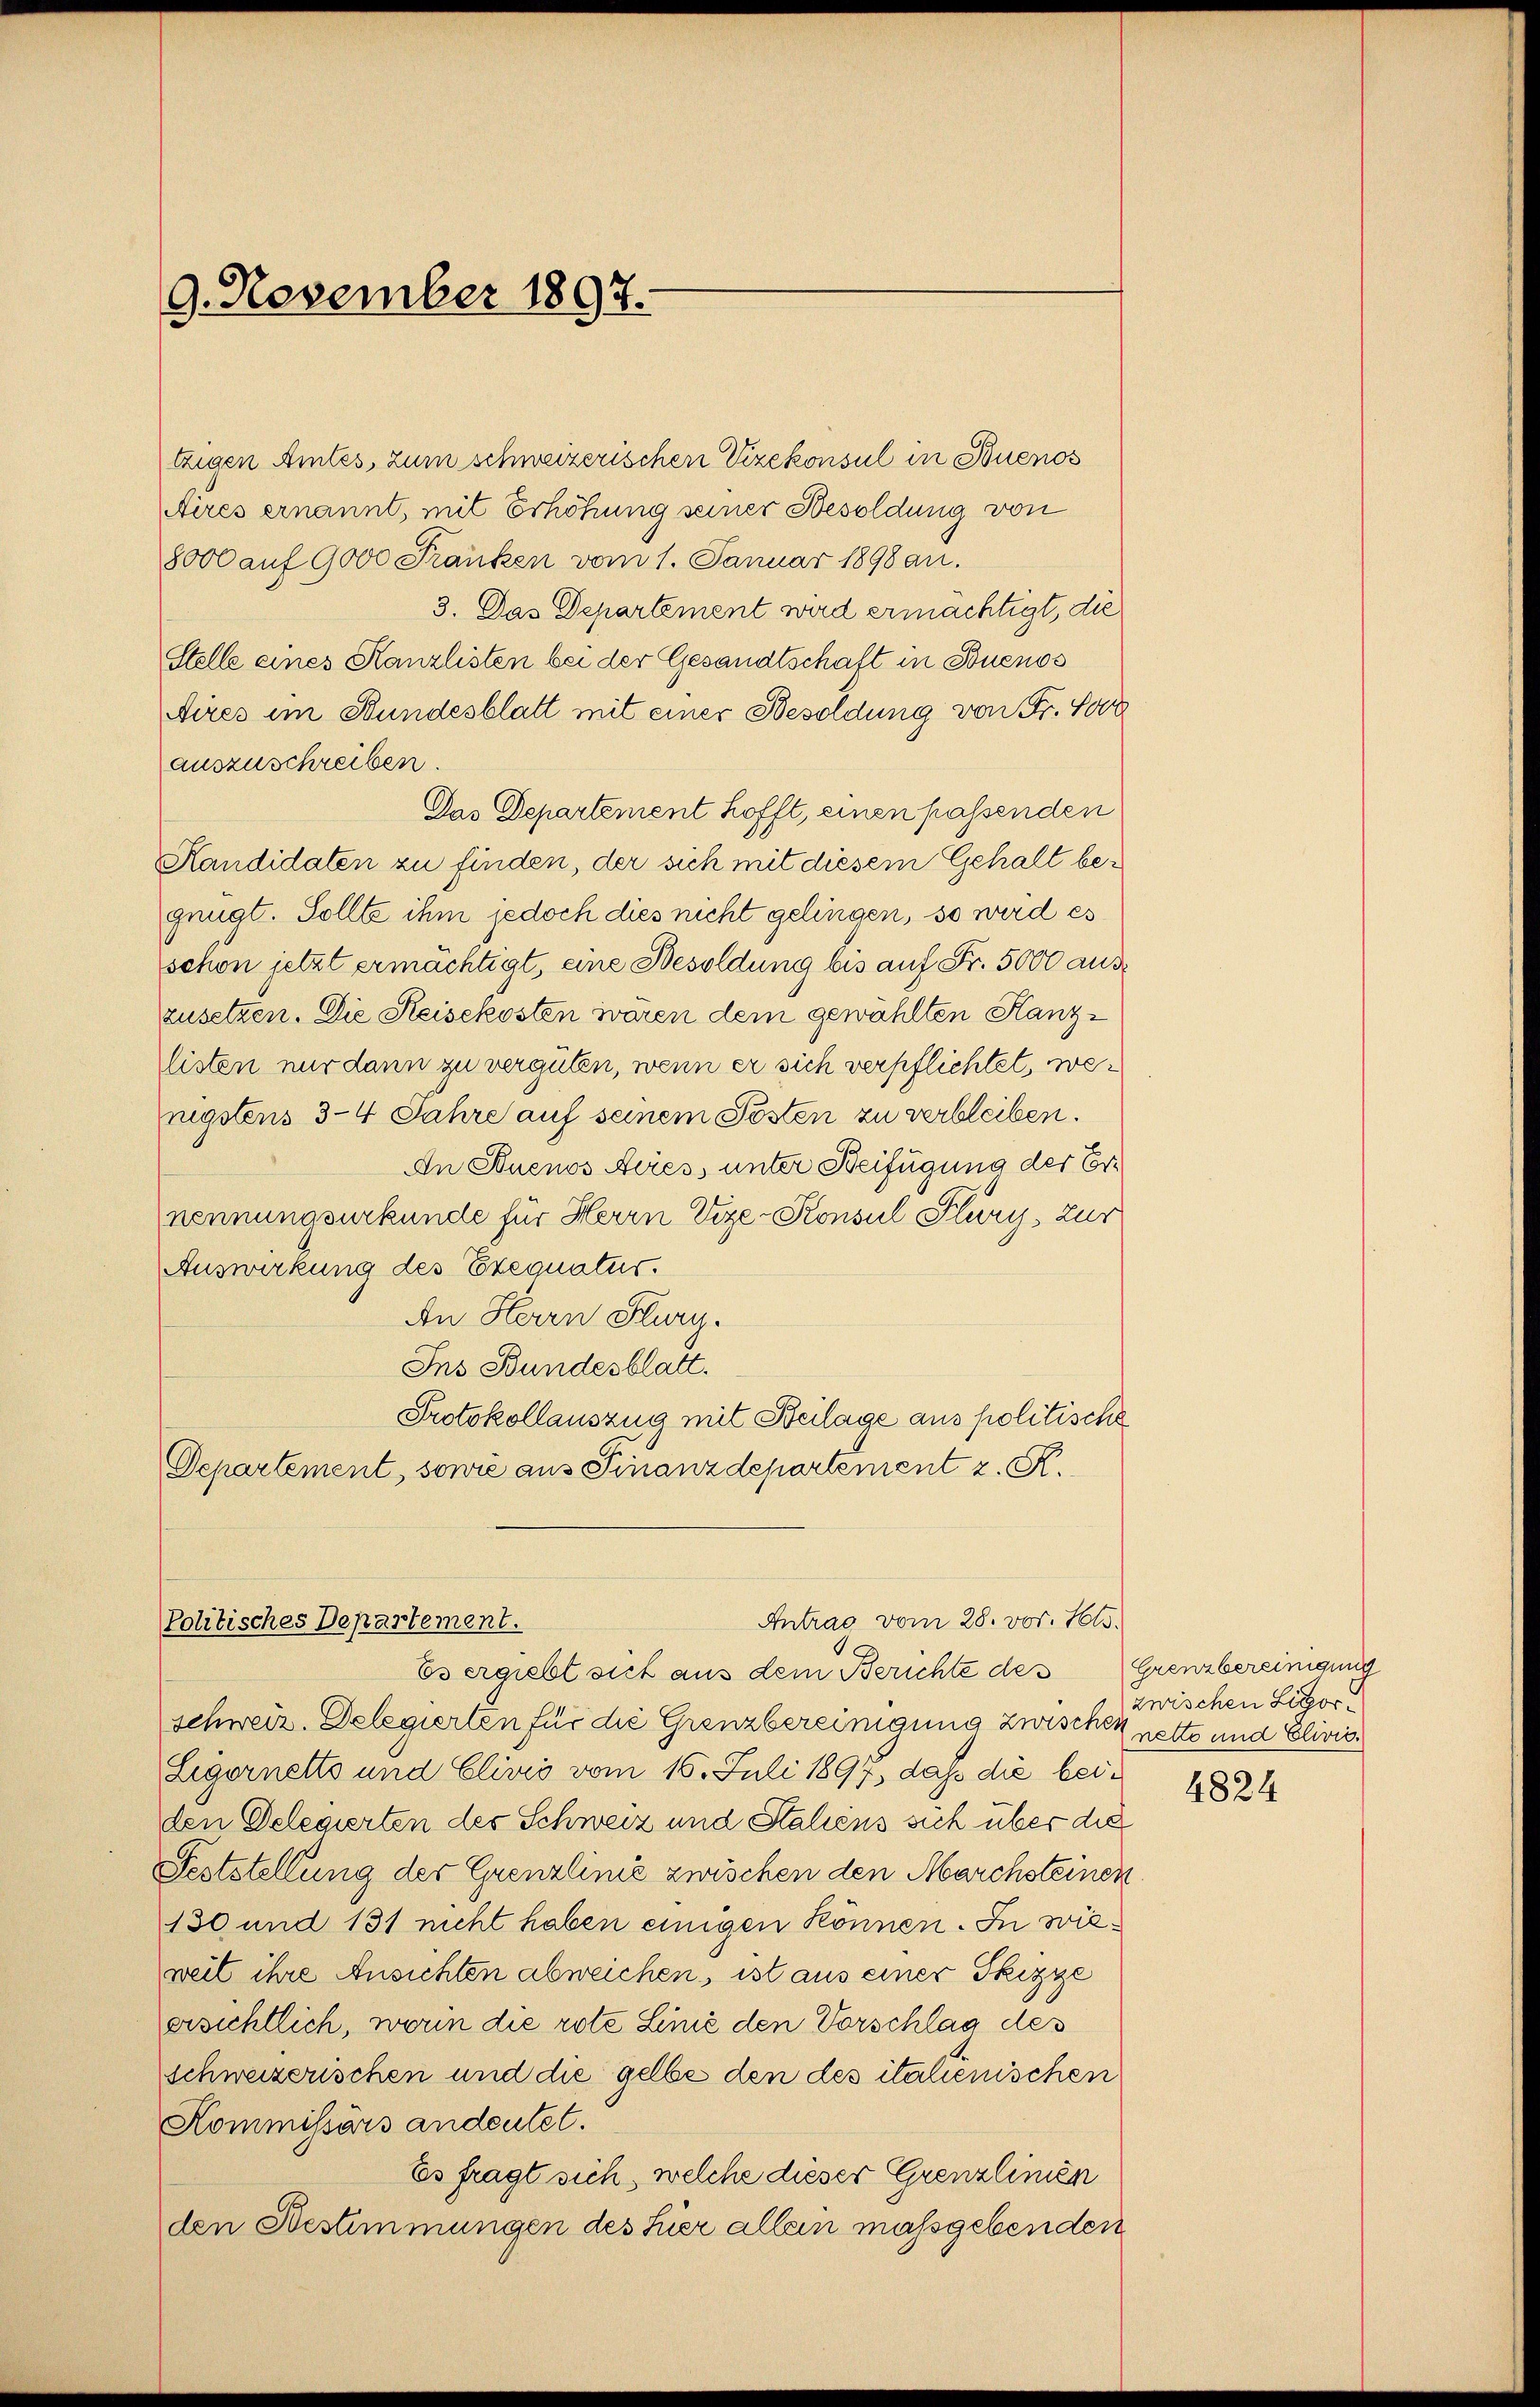
9. November 1897.

tzigen Amtes, zum schweizerischen Vizekonsul in Buenos
Aires ernannt, mit Erhöhung seiner Besoldung von
8000 auf 9000 Franken vom 1. Januar 1898 an.
3. Das Departement wird ermächtigt, die
Stelle eines Kanzlisten bei der Gesandtschaft in Buenos
Aires im Stundesblatt mit einer Besoldung von Fr. So
auszuschreiben.
Das Departement hofft, einen passenden
Kandidaten zu finden, der sich mit diesem Gehalt begnügt. Sollte ihm jedoch dies nicht gelingen, so wird es
schon jetzt ermächtigt, eine Besoldung bis auf Fr. 5000 auszusetzen. Die Reisekosten waren dem gewählten Kanzlisten nur dann zu vergüten, wenn er sich verpflichtet, wenigstens 3-4 Jahre auf seinem Posten zu verbleiben.
An Stuenos Aires, unter Beifügung der Ernennungsurkunde für Herrn Vize-Konsul Flury, zur
Auswirkung des Exequatus.
An Herrn Flury.
Ins Bundesblatt.
Protokollauszug mit Beilage aus politische
Departement, sowie aus Finanzdepartement z. R.

Politisches Departement.

Antrag vom 28. vor. 1613.

e
Es ergiebt sich aus dem Berichte des
schweiz. Delegierten für die Grenzbereinigung zwischen nette und Elivis
Legernetts und Elivis vom 15. Juli 1897, daß die beiden Delegierten des Schweiz und Staliens sich über die
Feststellung der Grenzlinie zwischen den Marchsteinen
130 und 131 nicht haben einigen können. In wieweil ihre Ansichten abweichen, ist aus einer Skizze
ersichtlich, worin die rote Linie den Vorschlag des
schweizerischen und die gelbe den des italienischen
Kommissärs andeutet.
Es fragt sich, welche dieser Grenzlinien
den Bestimmungen des hier allein massgebenden

Grenzbereinigung
zwischen Litzor¬

4824